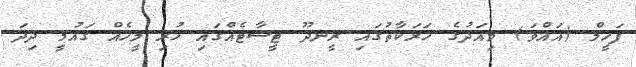
ފަހީމް (އައްވަ) މިއަދުގެ ހަރަކާތުގައި ރީނދޫ ޓީޝާޓެއްގައި ހުރި މީހެއް ގައުމީ ދިދަ